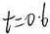
t = 0 . 6